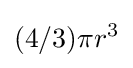
(4/3)\pi r^{3}